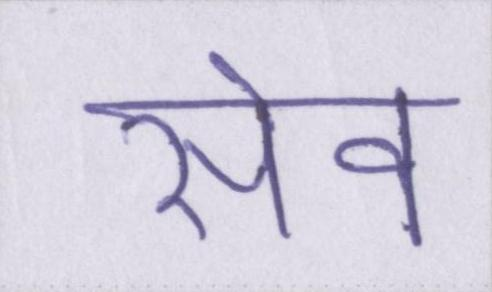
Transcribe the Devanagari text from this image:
सेव